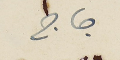
جاج